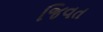
જિવત